Lunatic asylums in Bengal annual reports 1899-1911 - 1899-1911
Year: 1899
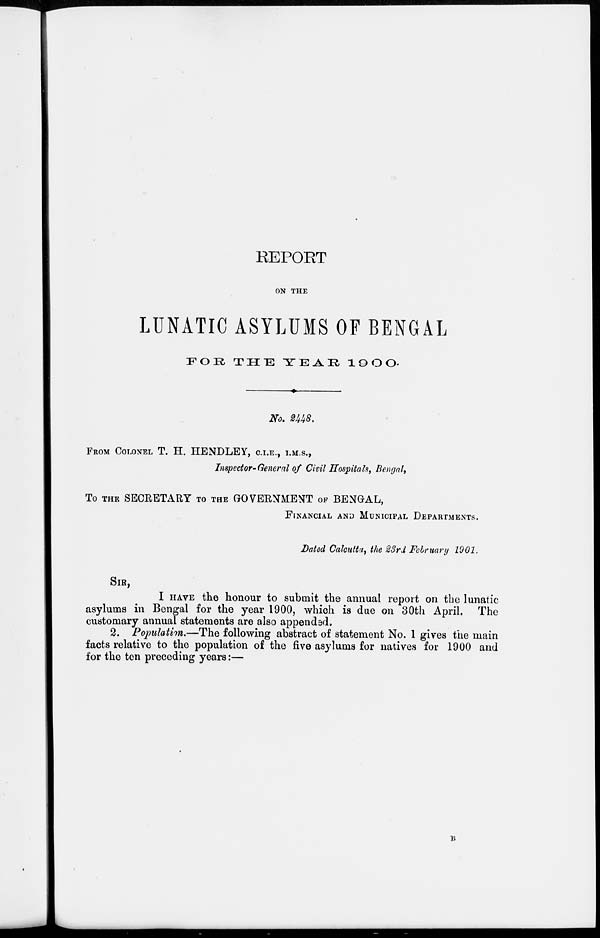
REPORT
ON THE
LUNATIC ASYLUMS OF BENGAL
FOR
THE
YEAR
1900
No. 2448.
FROM COLONEL T. H. HENDLEY, C.I.E., I.M.S.,
Inspector-General of Civil Hospitals, Bengal,
To THE SECRETARY TO THE GOVERNMENT OF BENGAL,
FINANCIAL AND MUNICIPAL DEPARTMENT.
Dated Calcutta, the 23rd February 1901.
SIR,
I HAVE the honour to submit the annual report on the lunatic
asylums in Bengal for the year 1900, which is due on 30th April. The
customary annual statements are also appended.
2. Population.—The following abstract of statement No. 1 gives the main
facts relative to the population of the five asylums for natives for 1900 and
for the ten preceding years:—
B